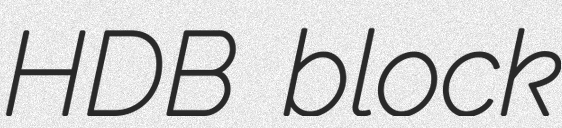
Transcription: HDB block